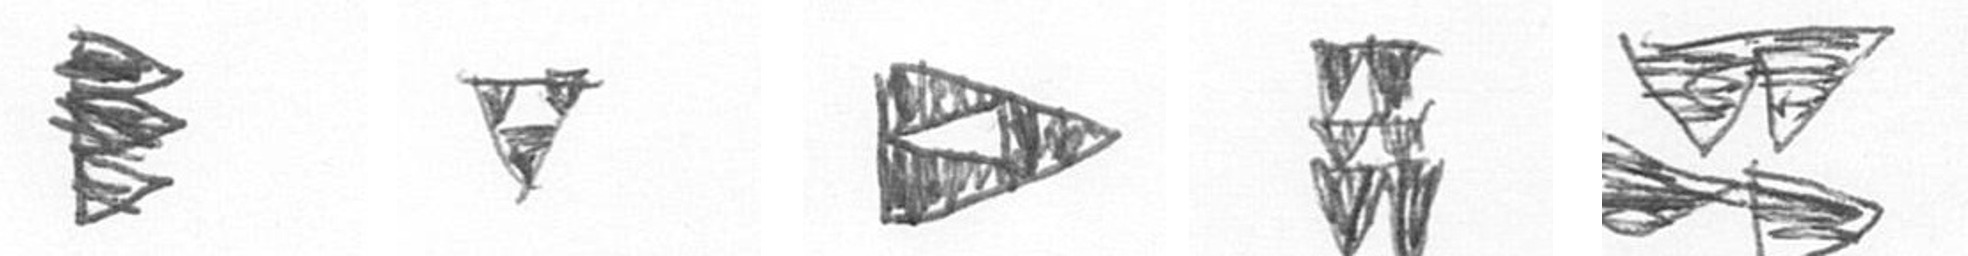
H S K Y B